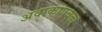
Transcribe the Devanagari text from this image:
अवाकाएवढा